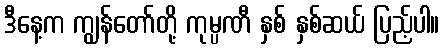
ဒီနေ့က ကျွန်တော်တို့ ကုမ္ပဏီ နှစ် နှစ်ဆယ် ပြည့်ပါ။